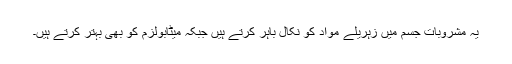
یہ مشروبات جسم میں زہریلے مواد کو نکال باہر کرتے ہیں جبکہ میٹابولزم کو بھی بہتر کرتے ہیں۔